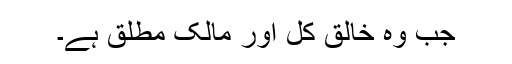
جب وہ خالقِ کل اور مالکِ مطلق ہے۔